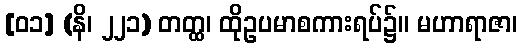
[၀၁] (နိ၊ ၂၂၁) တတ္ထ၊ ထိုဥပမာစကားရပ်၌။ မဟာရာဇာ၊